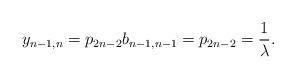
LaTeX: \begin{align*}y_{n-1,n}=p_{2n-2}b_{n-1,n-1}=p_{2n-2}=\frac{1}{\lambda}.\end{align*}